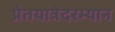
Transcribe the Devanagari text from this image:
प्रेतयात्रेदरम्यान